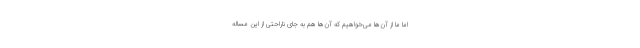
اما ما از آن‌ها می‌خواهیم که آن‌ها هم به جای ناراحتی از این مساله